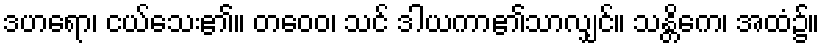
ဒဟရော၊ ငယ်သေး၏။ တဝေဝ၊ သင် ဒါယကာ၏သာလျှင်။ သန္တိကေ၊ အထံ၌။